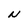
Character: N